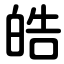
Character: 皓